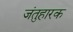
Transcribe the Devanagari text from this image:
जंतुहारक